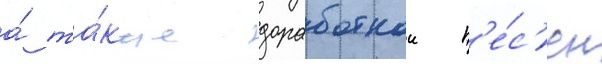
а́ та́кже доработкои п'е́с'ен